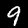
Label: 9